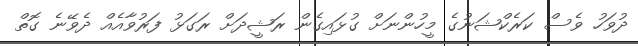
ދުވަހު ވެސް ކަރެކްޝަނުގެ މީހުންނަށް ގުޅައިގެން ރަޝީދަށް ރަގަޅު ފަރުވާއެއް ދެވޭނެ ގޮތް